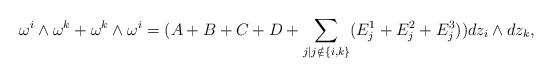
\begin{align*} \omega^i\wedge \omega^k+\omega^k\wedge \omega^i=(A+B+C+D+ \underset{j\vert j \notin\{i,k\}}{\sum}(E_{j}^1+E_{j}^2+E_{j}^3)) dz_i\wedge dz_k, \end{align*}